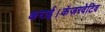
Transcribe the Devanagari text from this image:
कराई।कंज़रवेटिव